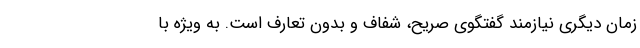
زمان دیگری نیازمند گفتگوی صریح، شفاف و بدون تعارف است. به ویژه با